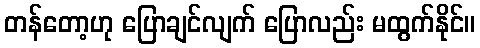
တန်တော့ဟု ပြောချင်လျက် ပြောလည်း မထွက်နိုင်။